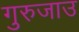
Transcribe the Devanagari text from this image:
गुरुजाउ